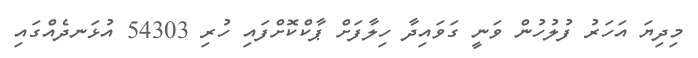
މިދިޔަ އަހަރު ފުލުހުން ވަނީ ގަވައިދާ ހިލާފަށް ޕާކްކޮށްފައި ހުރި 54303 އުޅަނދެއްގައި